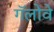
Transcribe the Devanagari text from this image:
गॅलोवे